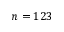
n = 1 2 3